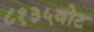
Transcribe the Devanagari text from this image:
८१३५वोट